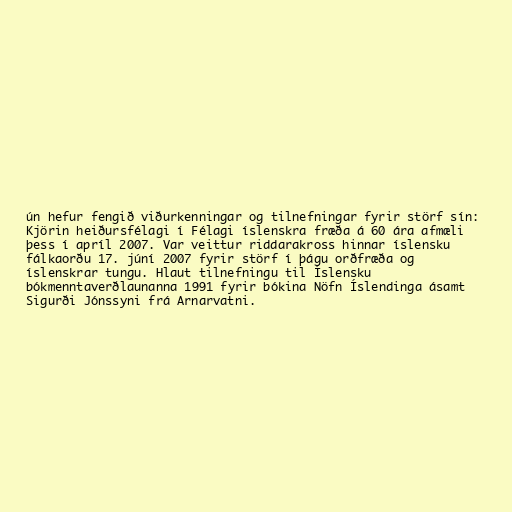
ún hefur fengið viðurkenningar og tilnefningar fyrir störf sín:
Kjörin heiðursfélagi í Félagi íslenskra fræða á 60 ára afmæli
þess í apríl 2007. Var veittur riddarakross hinnar íslensku
fálkaorðu 17. júní 2007 fyrir störf í þágu orðfræða og
íslenskrar tungu. Hlaut tilnefningu til Íslensku
bókmenntaverðlaunanna 1991 fyrir bókina Nöfn Íslendinga ásamt
Sigurði Jónssyni frá Arnarvatni.